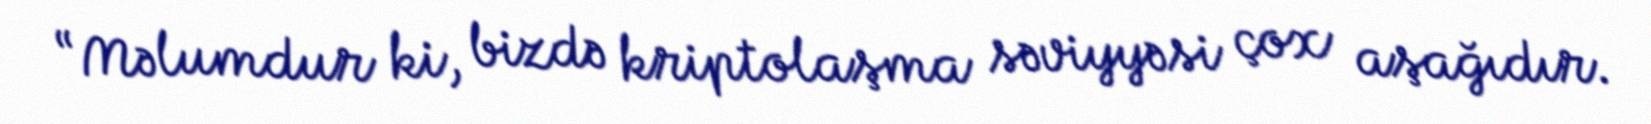
“Məlumdur ki, bizdə kriptolaşma səviyyəsi çox aşağıdır.